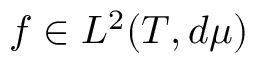
f \in L ^ { 2 } ( T , d \mu )